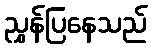
ညွှန်ပြနေသည်